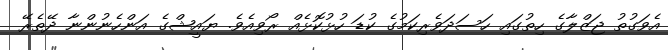
އެވަގުތު ޖަޒްލާގެ ހިތުގައި ހަސަދަވެރިކަމުގެ ކުޑަ ހުޅުކޮޅެއް ރޯވިއެވެ. ޔައީޝްގެ އަންހެނުންނާ ދޭތެރޭ